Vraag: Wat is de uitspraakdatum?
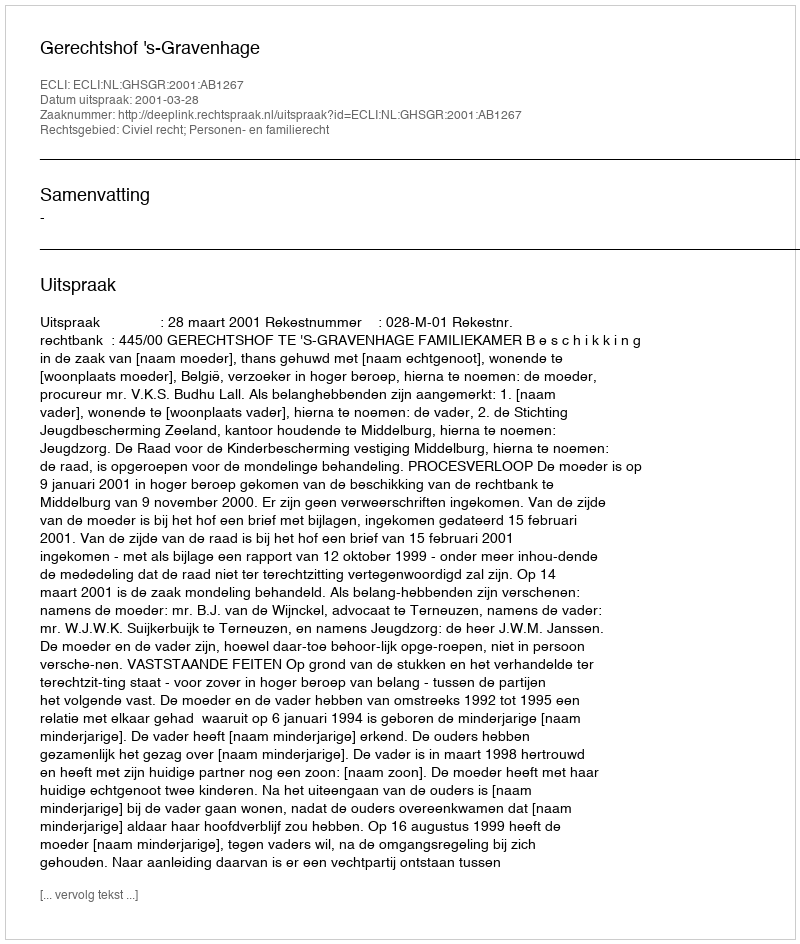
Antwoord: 2001-03-28